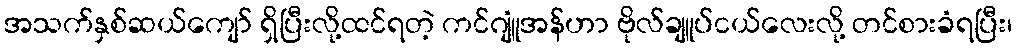
အသက်နှစ်ဆယ်ကျော် ရှိပြီးလို့ထင်ရတဲ့ ကင်ဂျူံအန်ဟာ ဗိုလ်ချူပ်ငယ်လေးလို့ တင်စားခံရပြီး၊